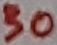
Text: 30